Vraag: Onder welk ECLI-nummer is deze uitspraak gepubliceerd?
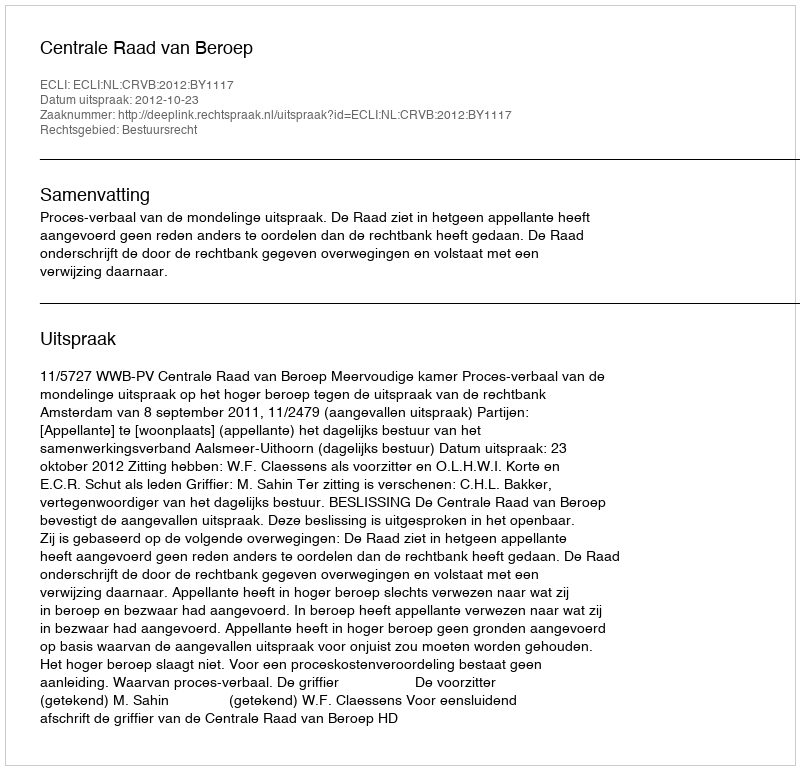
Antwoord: ECLI:NL:CRVB:2012:BY1117